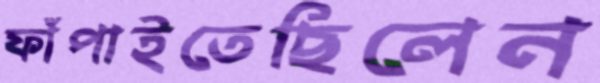
ফাঁপাইতেছিলেন